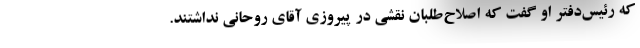
که رئیس‌دفتر او گفت که اصلاح‌طلبان نقشی در پیروزی آقای روحانی نداشتند.